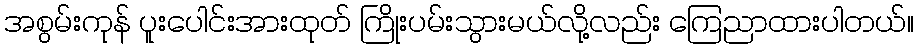
အစွမ်းကုန် ပူးပေါင်းအားထုတ် ကြိုးပမ်းသွားမယ်လို့လည်း ကြေညာထားပါတယ်။